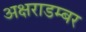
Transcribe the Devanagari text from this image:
अक्षराडम्बर